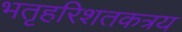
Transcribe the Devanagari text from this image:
भतृहरिशतकत्रय